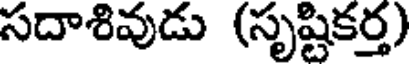
సదాశివుడు (సృష్టికర్త)